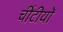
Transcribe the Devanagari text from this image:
चींटीयों